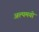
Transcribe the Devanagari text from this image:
अल्पमयो